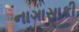
નાગાસાકી